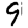
Digit: 9